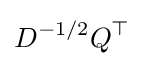
D^{-1/2}Q^{\top }